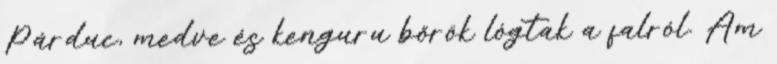
Párduc, medve és kenguru bőrök lógtak a falról. Ám